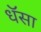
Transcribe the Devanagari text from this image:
धॅसा